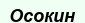
Осокин